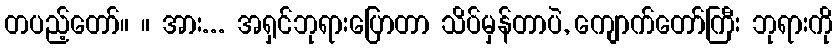
တပည့်တော်။ ။ အား... အရှင်ဘုရားပြောတာ သိပ်မှန်တာပဲ, ကျောက်တော်ကြီး ဘုရားကို